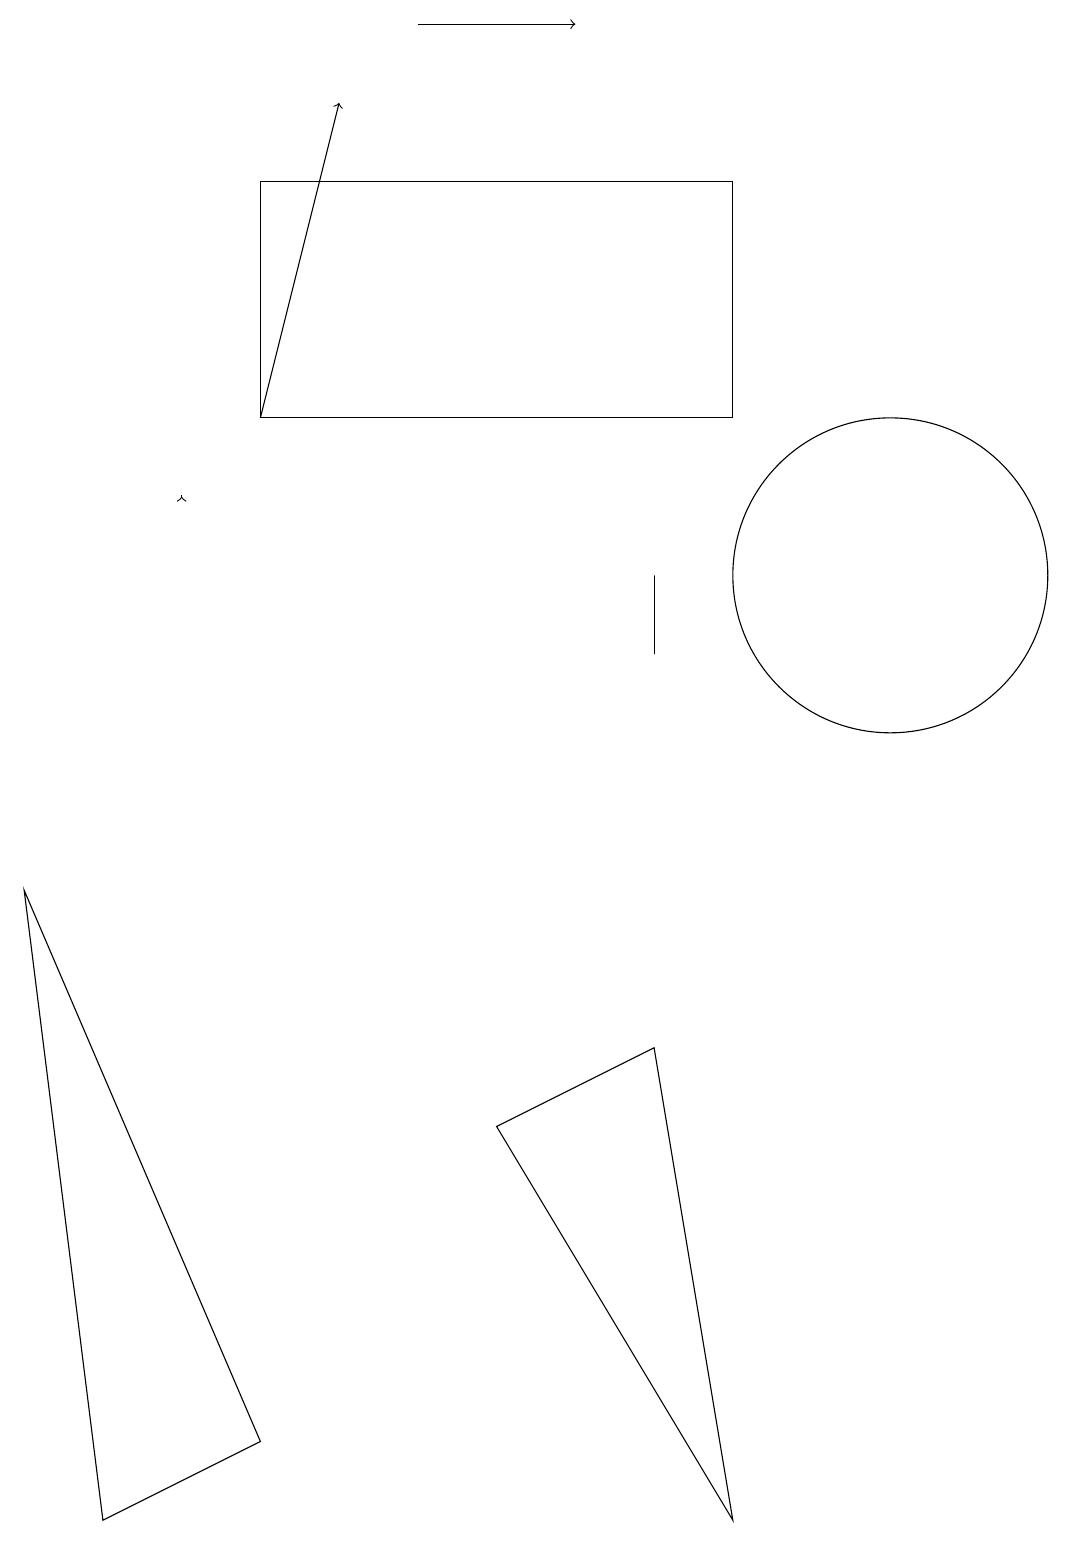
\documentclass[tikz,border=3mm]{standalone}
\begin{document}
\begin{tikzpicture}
\draw (9,14) rectangle (3,17);
\draw[->] (5,19) -- (7,19);
\draw (8,11) rectangle (8,12);
\draw[->] (3,14) -- (4,18);
\draw (6,5) -- (8,6) -- (9,0) -- cycle;
\draw (0,8) -- (1,0) -- (3,1) -- cycle;
\draw (11,12) circle (2);
\draw[->] (2,13) -- (2,13);
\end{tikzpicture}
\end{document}